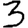
Digit: 3